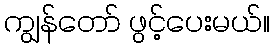
ကျွန်တော် ဖွင့်ပေးမယ်။